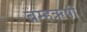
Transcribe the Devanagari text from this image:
ब्रम्हऋषी